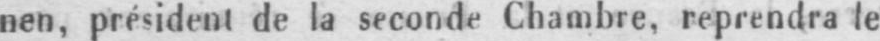
nen, président de la seconde Chambre, reprendra le